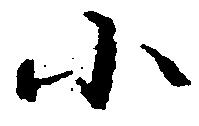
小